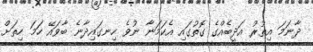
ދާނަމަ އިތުރު އަދީބެއްގެ ގޮތުގައި އެކަމަނާ ނުވެ ހިނގައިދާނެ ބާވައޭ ހަމަ ހިތަށް